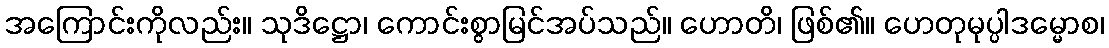
အကြောင်းကိုလည်း။ သုဒိဋ္ဌော၊ ကောင်းစွာမြင်အပ်သည်။ ဟောတိ၊ ဖြစ်၏။ ဟေတုမုပ္ပါဒမ္မောစ၊